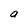
Character: a